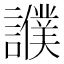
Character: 𧭎